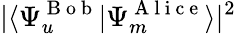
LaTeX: |\langle{\Psi_{u}^{\mathrm{~B~o~b~}}}|{\Psi_{m}^{\mathrm{~A~l~i~c~e~}}}\rangle|^{2}